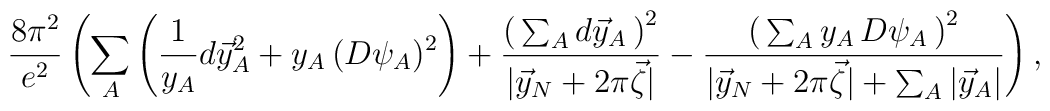
\frac{8\pi^2}{e^2}\left(\sum_A \left(\frac{1}{y_A}d\vec y_A^2 + y_A\,(D\psi_A)^2\right)+\frac{\left(\,\sum_A d\vec y_A\,\right)^2}{|\vec y_N+2\pi \vec \zeta|}-\frac{\left(\,\sum_A y_A\,D\psi_A\,\right)^2}{|\vec y_N+2\pi \vec \zeta|+ \sum_A |\vec y_A|}\right),